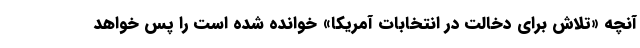
آنچه «تلاش برای دخالت در انتخابات آمریکا» خوانده شده است را پس خواهد